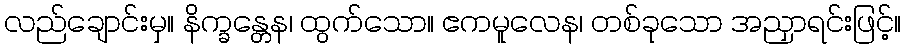
လည်ချောင်းမှ။ နိက္ခန္တေန၊ ထွက်သော။ ဧကမူလေန၊ တစ်ခုသော အညှာရင်းဖြင့်။